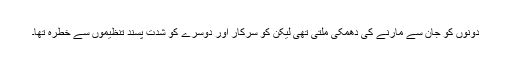
دونوں کو جان سے مارنے کی دھمکی ملتی تھی لیکن کو سرکار اور دوسرے کو شدت پسند تنظیموں سے خطرہ تھا۔